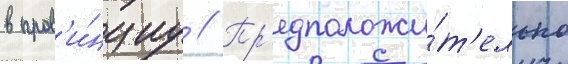
в пров'и́нциу // Пр'едположи́т'ельно